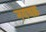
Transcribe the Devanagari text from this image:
नयचक्र